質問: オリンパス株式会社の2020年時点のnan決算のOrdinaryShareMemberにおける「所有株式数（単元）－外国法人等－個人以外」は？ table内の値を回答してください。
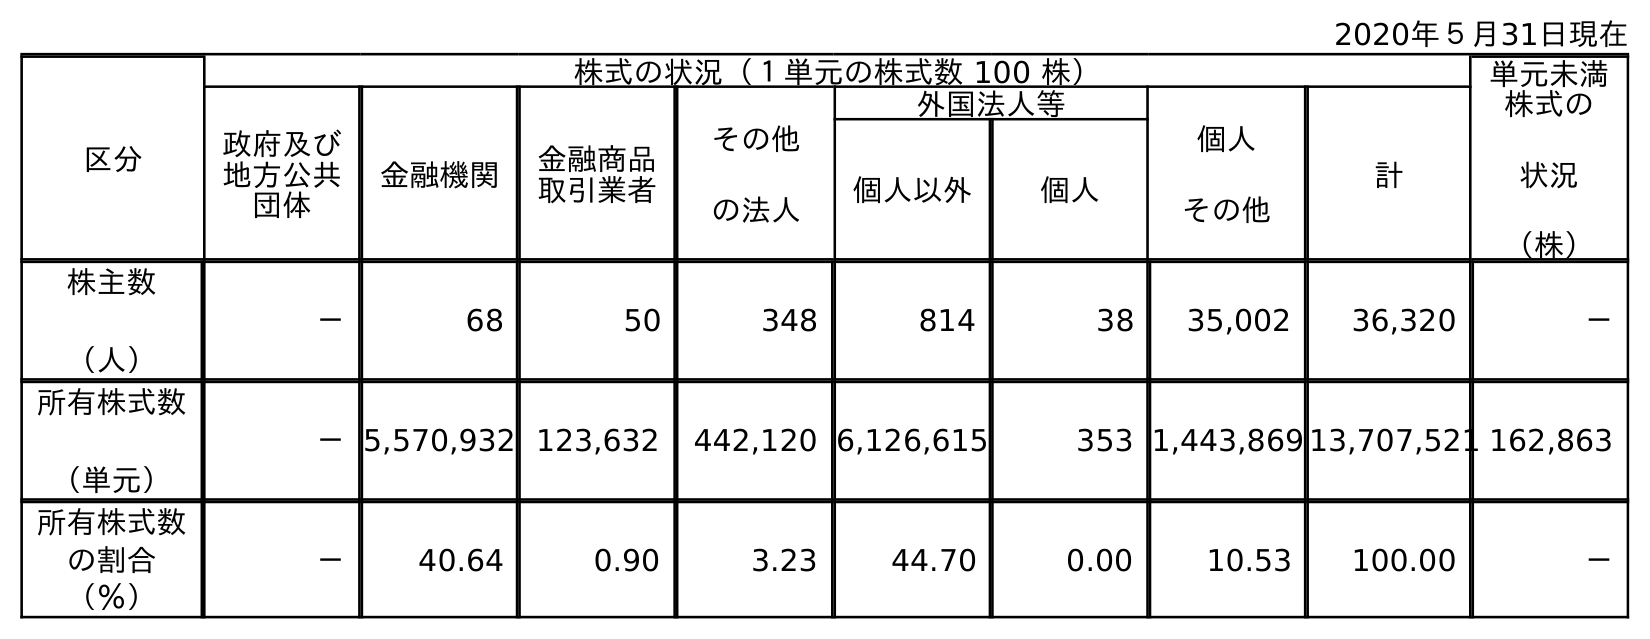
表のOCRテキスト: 2020年５月31日現在 区分 株式の状況（１単元の株式数 100 株） 単元未満 株式の 状況 （株） 政府及び 地方公共 団体 金融機関 金融商品 取引業者 その他 の法人 外国法人等 個人 その他 計 個人以外 個人 株主数 （人） － 68 50 348 814 38 35,002 36,320 － 所有株式数 （単元） －5,570,932 123,632 442,120 6,126,615 353 1,443,869 13,707,521 162,863 所有株式数 の割合 （％） － 40.64 0.90 3.23 44.70 0.00 10.53 100.00 －
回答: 6,126,615